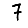
Digit: 7